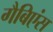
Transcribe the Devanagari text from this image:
गैबिएंस